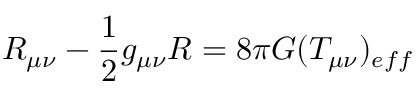
R _ { \mu \nu } - \frac { 1 } { 2 } g _ { \mu \nu } R = 8 \pi G ( T _ { \mu \nu } ) _ { e f f }